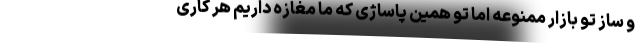
و ساز تو بازار ممنوعه اما تو همین پاساژی که ما مغازه داریم هر کاری